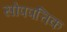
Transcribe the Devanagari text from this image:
सोपपत्तिक